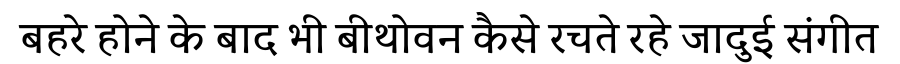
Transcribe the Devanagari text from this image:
बहरे होने के बाद भी बीथोवन कैसे रचते रहे जादुई संगीत